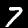
Label: 7